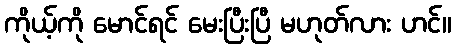
ကိုယ့်ကို မောင်ရင် မေးပြီးပြီ မဟုတ်လား ဟင်။